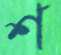
শ